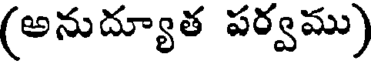
(అనుద్యూత పర్వము)